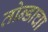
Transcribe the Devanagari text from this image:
तोन्डाचा